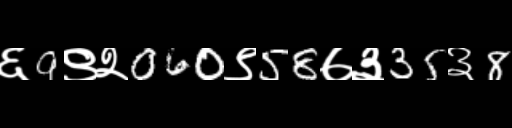
Text: ६9९२060९58७३35३8